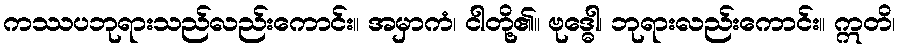
ကဿပဘုရားသည်လည်းကောင်း။ အမှာကံ၊ ငါတို့၏။ ဗုဒ္ဓေါ၊ ဘုရားလည်းကောင်း။ ဣတိ၊